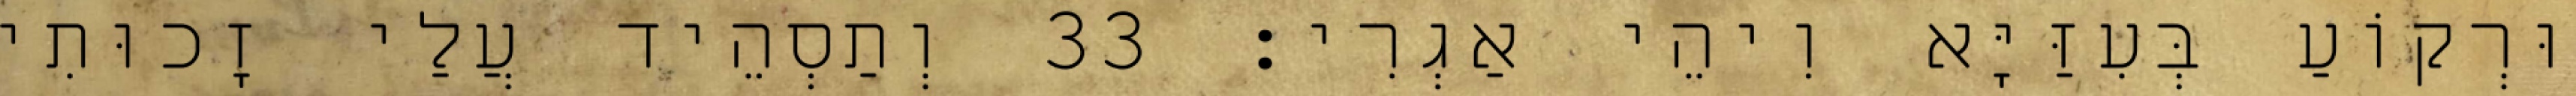
וּרְקוֹעַ בְּעִזַּיָּא וִיהֵי אַגְרִי׃ 33 וְתַסְהֵיד עֲלַי זָכוּתִי